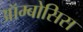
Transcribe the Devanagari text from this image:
ऑम्बोसिस